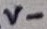
Text: X6